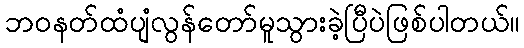
ဘဝနတ်ထံပျံလွန်တော်မူသွားခဲ့ပြီပဲဖြစ်ပါတယ်။